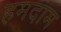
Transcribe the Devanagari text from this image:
हमदाम